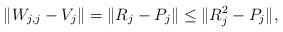
LaTeX: \begin{align*} \|W_{j,j}-V_j\|=\|R_j-P_j\|\leq \|R_j^2-P_j\|,\end{align*}